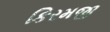
કિરમજી